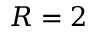
R = 2